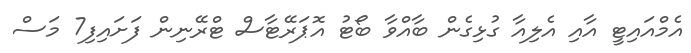
އެމްއައިޓީ އާއި އެލިއާ ގުޅިގެން ބާއްވާ ބޯޓު އޮޕަރޭޓާސް ޓްރޭނިން ފަށައިފި7 މަސް